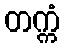
တက္ကံ